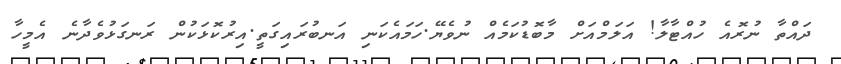
ދައްތާ ނުރޮއެ ހުއްޓާލާ! އަލަމްއަށް މާބޮޑުކަމެއް ނުވެޔޭ.ހަމައެކަނި އަނބުރައިގަތީ.އިރުކޮޅަކުން ރަނގަޅުވެދާނެ އެމީހާ